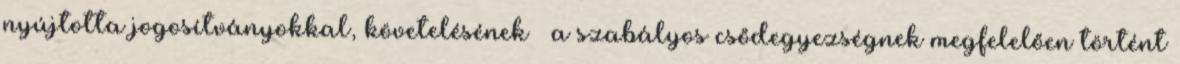
nyújtotta jogosítványokkal, követelésének – a szabályos csődegyezségnek megfelelően történt